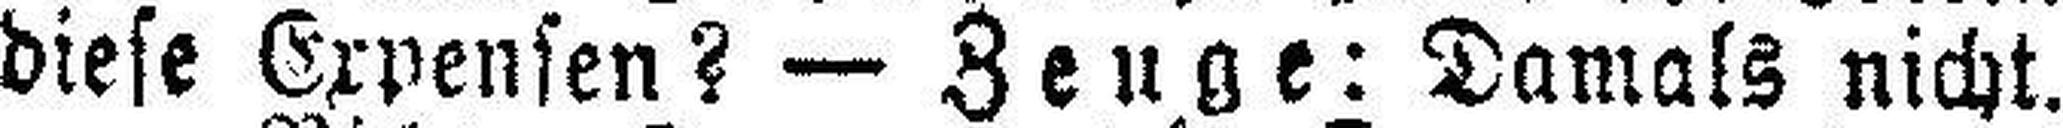
diese Expensen? — Zeuge: Damals nicht.